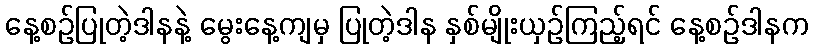
နေ့စဉ်ပြုတဲ့ဒါနနဲ့ မွေးနေ့ကျမှ ပြုတဲ့ဒါန နှစ်မျိုးယှဉ်ကြည့်ရင် နေ့စဉ်ဒါနက